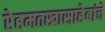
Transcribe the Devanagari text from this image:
रेहमतखासाहेबांचे